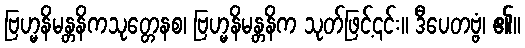
ဗြဟ္မနိမန္တနိကသုတ္တေနစ၊ ဗြဟ္မနိမန္တနိက သုတ်ဖြင့်၎င်း။ ဒီပေတဗ္ဗံ၊ ၏။